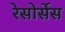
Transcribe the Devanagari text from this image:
रेसोर्सेस